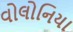
વોલોનિયા